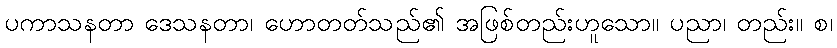
ပကာသနတာ ဒေသနတာ၊ ဟောတတ်သည်၏ အဖြစ်တည်းဟူသော။ ပညာ၊ တည်း။ စ၊